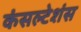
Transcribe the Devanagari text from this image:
कंसल्टेशंस